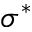
\sigma ^ { * }